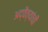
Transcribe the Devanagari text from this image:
अद्वैत्यांची